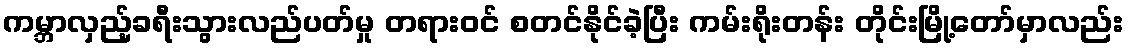
ကမ္ဘာလှည့်ခရီးသွားလည်ပတ်မှု တရားဝင် စတင်နိုင်ခဲ့ပြီး ကမ်းရိုးတန်း တိုင်းမြို့တော်မှာလည်း